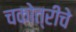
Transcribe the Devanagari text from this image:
चकोत्रीचे